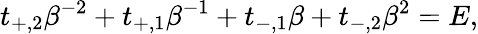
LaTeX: t_{+,2}\beta^{-2}+t_{+,1}\beta^{-1}+t_{-,1}\beta+t_{-,2}\beta^{2}=E,